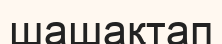
шашақтап